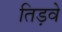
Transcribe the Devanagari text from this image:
तिड़वे